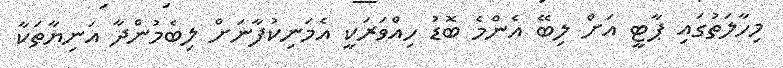
މިހާލަތުގައި ޕާޓީ އަށް ލިބޭ އެންމެ ބޮޑު ހިއްވަރަކީ އެމަނިކުފާނަށް ލިބެމުންދާ އަނިޔާތަކާ